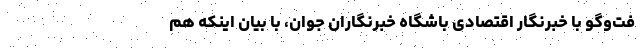
فت‌وگو با خبرنگار اقتصادی باشگاه خبرنگاران جوان، با بیان اینکه هم